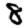
Digit: 8